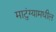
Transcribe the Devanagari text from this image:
माटुंग्यामधील